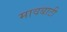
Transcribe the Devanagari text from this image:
मावबाटी